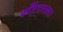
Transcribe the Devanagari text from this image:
काँटेदारलता